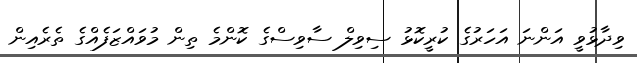
ވިދާޅުވީ އަންނަ އަހަރުގެ ކުރީކޮޅު ސިވިލް ސާވިސްގެ ކޮންމެ ތިން މުވައްޒަފެއްގެ ތެރެއިން